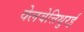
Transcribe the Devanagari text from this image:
वेलवेत्तिथुरई